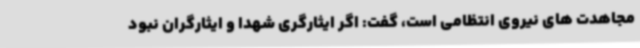
مجاهدت های نیروی انتظامی است، گفت: اگر ایثارگری شهدا و ایثارگران نبود